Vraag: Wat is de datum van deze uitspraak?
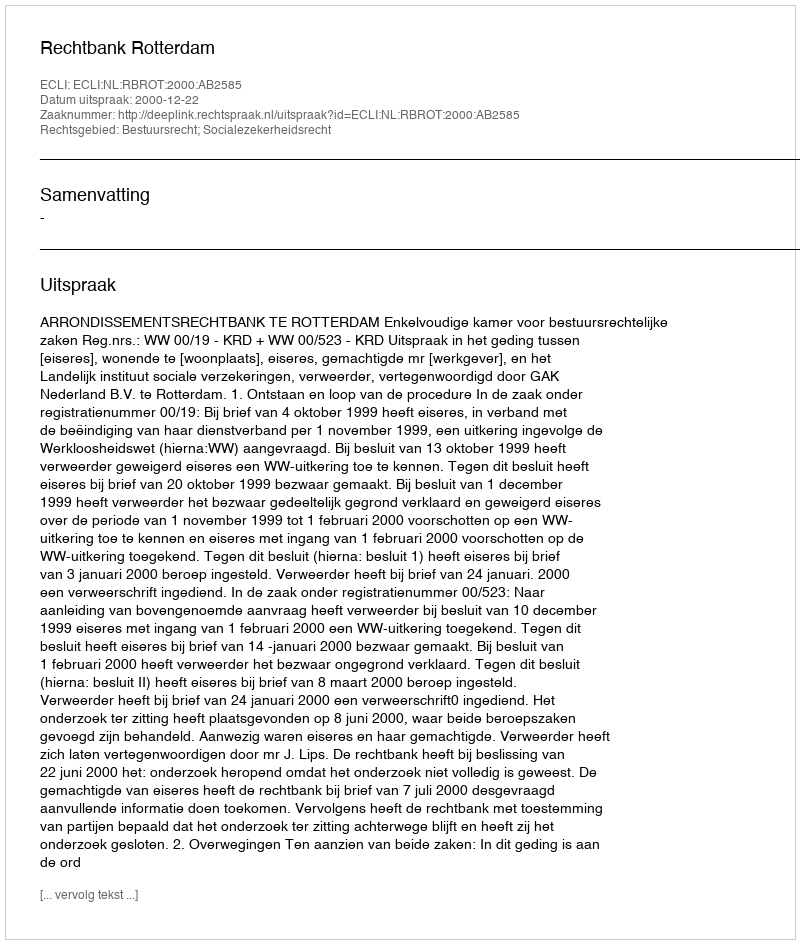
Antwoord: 2000-12-22